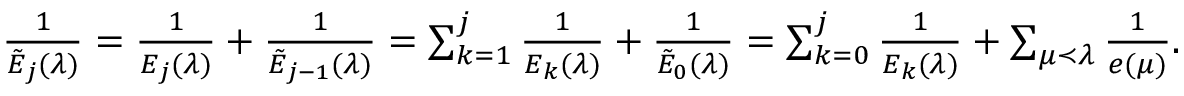
\begin{array} { r } { \frac { 1 } { \tilde { E } _ { j } ( \lambda ) } = \frac { 1 } { E _ { j } ( \lambda ) } + \frac { 1 } { \tilde { E } _ { j - 1 } ( \lambda ) } = \sum _ { k = 1 } ^ { j } \frac { 1 } { E _ { k } ( \lambda ) } + \frac { 1 } { \tilde { E } _ { 0 } ( \lambda ) } = \sum _ { k = 0 } ^ { j } \frac { 1 } { E _ { k } ( \lambda ) } + \sum _ { \mu \prec \lambda } \frac { 1 } { e ( \mu ) } . } \end{array}